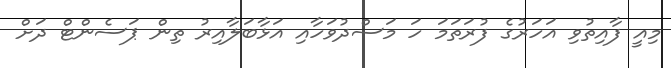
މިއީ ފާއިތުވި އަހަރުގެ ފުރަތަމަ ހަ މަސްދުވަހާއި އަޅާބަލާއިރު ތިން ޕަސެންޓް ދަށް